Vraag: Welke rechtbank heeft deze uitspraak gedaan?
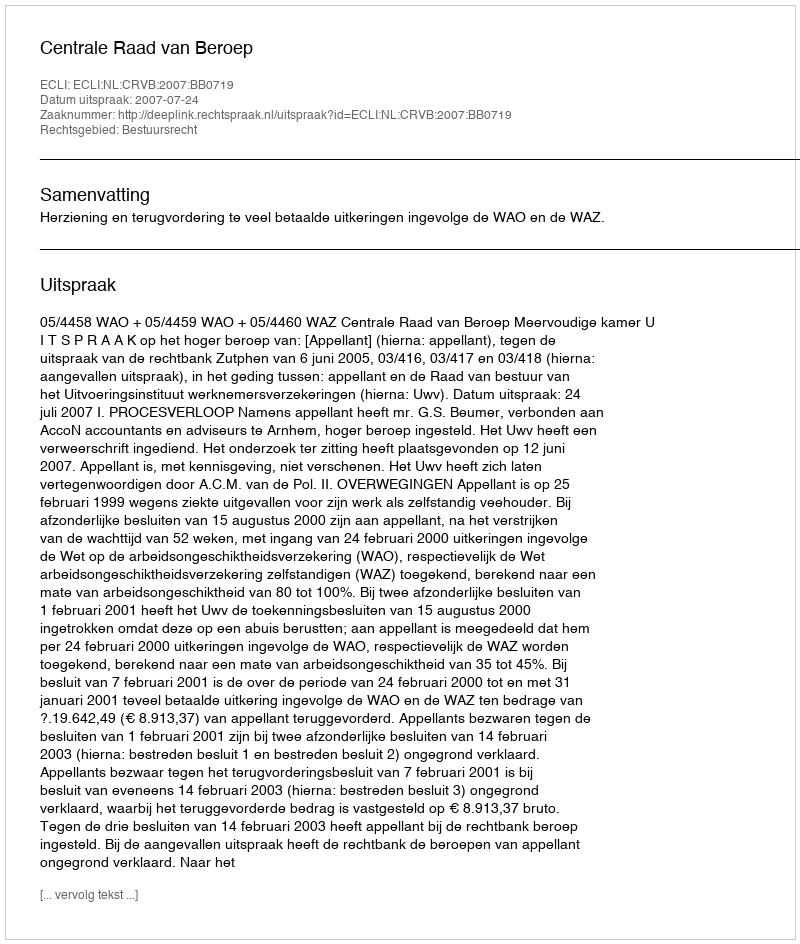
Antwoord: Centrale Raad van Beroep